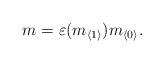
LaTeX: \begin{align*} m = \varepsilon (m_{\langle 1\rangle}) m_{\langle0\rangle} .\end{align*}